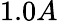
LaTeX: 1.0A